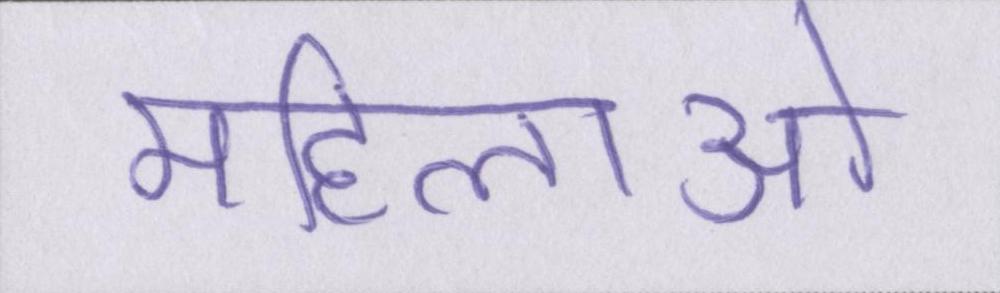
महिलाओ